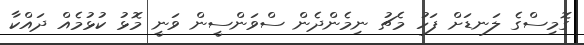
ގޮމިސްގެ ލަނޑަށް ފަހު މެޗު ނިމެންދެން ސްވަންސީން ވަނީ މޮޅު ކުޅުމެއް ދައްކާ